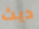
ديث